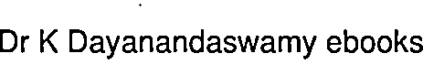
Dr K Dayanandaswamy ebooks